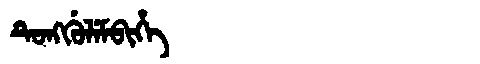
Manchu: ᡨᡠᠩᡤᡠᠯᡝᠮᠪᡳᡥᡝ
Romanization: TUNGGULEMBIHE